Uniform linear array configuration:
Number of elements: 48
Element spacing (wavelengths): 0.5
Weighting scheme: hamming
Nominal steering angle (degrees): -60
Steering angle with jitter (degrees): -58.604
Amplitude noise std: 0.05
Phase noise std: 0.05

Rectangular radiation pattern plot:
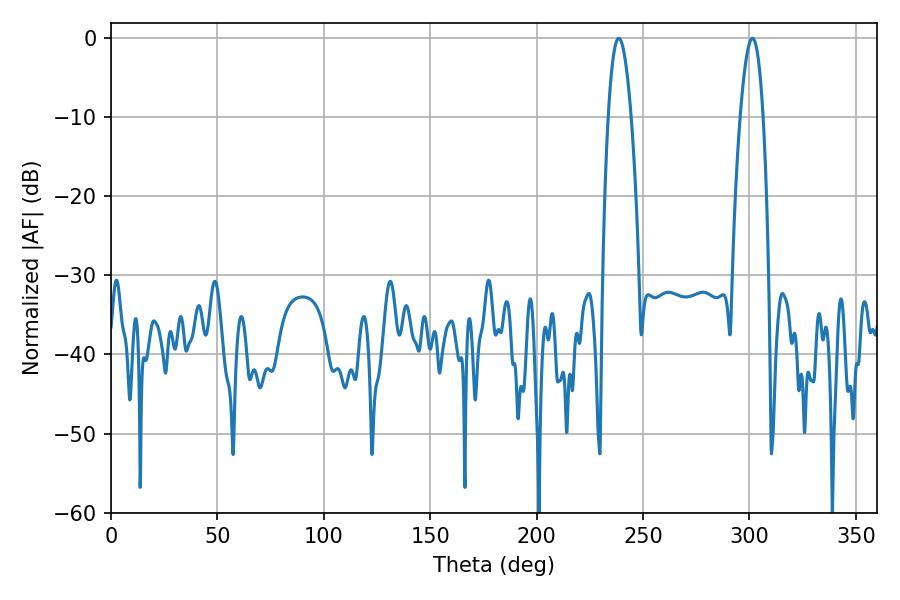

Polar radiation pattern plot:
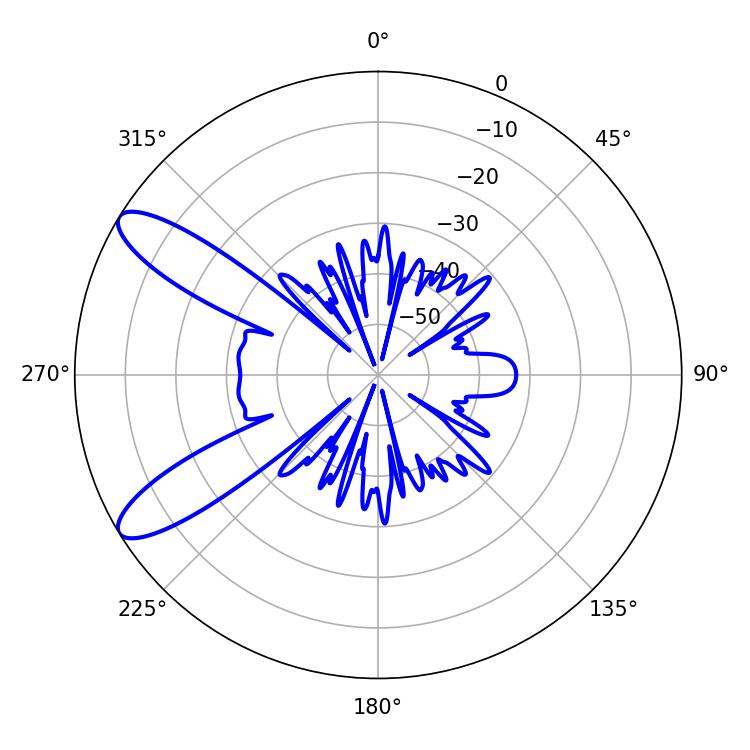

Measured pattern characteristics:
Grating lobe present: FALSE
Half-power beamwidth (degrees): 5.94
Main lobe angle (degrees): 301.32